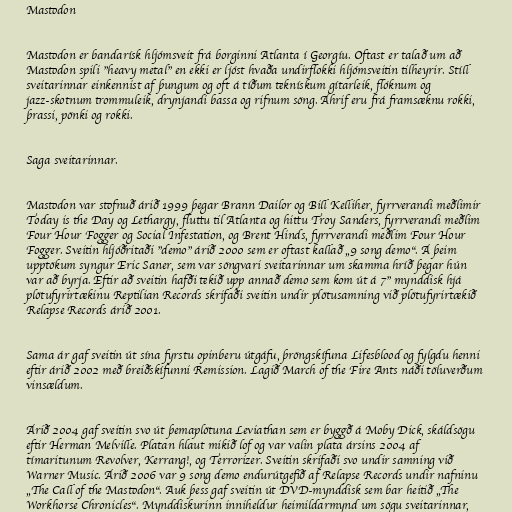
Mastodon

Mastodon er bandarísk hljómsveit frá borginni Atlanta í Georgíu. Oftast er talað um að
Mastodon spili "heavy metal" en ekki er ljóst hvaða undirflokki hljómsveitin tilheyrir. Stíll
sveitarinnar einkennist af þungum og oft á tíðum teknískum gítarleik, flóknum og
jazz-skotnum trommuleik, drynjandi bassa og rifnum söng. Áhrif eru frá framsæknu rokki,
þrassi, pönki og rokki.

Saga sveitarinnar.

Mastodon var stofnuð árið 1999 þegar Brann Dailor og Bill Kelliher, fyrrverandi meðlimir
Today is the Day og Lethargy, fluttu til Atlanta og hittu Troy Sanders, fyrrverandi meðlim
Four Hour Fogger og Social Infestation, og Brent Hinds, fyrrverandi meðlim Four Hour
Fogger. Sveitin hljóðritaði "demo" árið 2000 sem er oftast kallað „9 song demo“. Á þeim
upptökum syngur Eric Saner, sem var söngvari sveitarinnar um skamma hríð þegar hún
var að byrja. Eftir að sveitin hafði tekið upp annað demo sem kom út á 7" mynddisk hjá
plötufyrirtækinu Reptilian Records skrifaði sveitin undir plötusamning við plötufyrirtækið
Relapse Records árið 2001.

Sama ár gaf sveitin út sína fyrstu opinberu útgáfu, þröngskífuna Lifesblood og fylgdu henni
eftir árið 2002 með breiðskífunni Remission. Lagið March of the Fire Ants náði töluverðum
vinsældum.

Árið 2004 gaf sveitin svo út þemaplötuna Leviathan sem er byggð á Moby Dick, skáldsögu
eftir Herman Melville. Platan hlaut mikið lof og var valin plata ársins 2004 af
tímaritunum Revolver, Kerrang!, og Terrorizer. Sveitin skrifaði svo undir samning við
Warner Music. Árið 2006 var 9 song demo endurútgefið af Relapse Records undir nafninu
„The Call of the Mastodon“. Auk þess gaf sveitin út DVD-mynddisk sem bar heitið „The
Workhorse Chronicles“. Mynddiskurinn inniheldur heimildarmynd um sögu sveitarinnar,